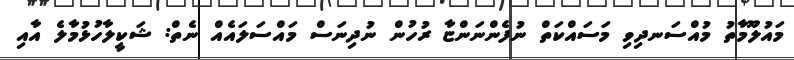
މައުލޫމާތު މުއްސަނދިވި މަސައްކަތް ނުފެންނަންޏާ ރުހުން ނުދިނަސް މައްސަލައެއް ނެތް: ޝަކީލާހުޅުމާލެ އާއި